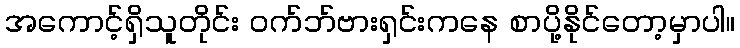
အကောင့်ရှိသူတိုင်း ဝက်ဘ်ဗားရှင်းကနေ စာပို့နိုင်တော့မှာပါ။